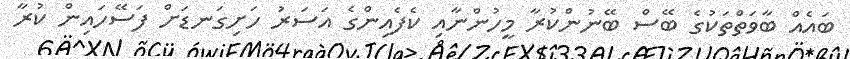
ބައެއް ބާވަތްތަކުގެ ބޭސް ބޭނުންކުރާ މީހުންނާއި ކެފެއިންގެ އަސަރު ހަށިގަނޑަށް ފަސޭހައިން ކުރާ